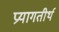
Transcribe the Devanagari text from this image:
प्रयागतीर्थ